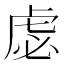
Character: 虙